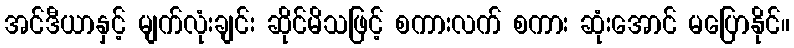
အင်ဒီယာနှင့် မျက်လုံးချင်း ဆိုင်မိသဖြင့် စကားလက် စကား ဆုံးအောင် မပြောနိုင်။